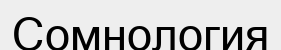
Сомнология